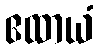
ဧထာယံ